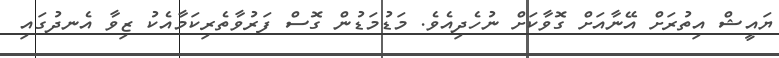
ޔައީޝް އިތުރަށް އޭނާއަށް ގޮވާކަށް ނުހެދިއެވެ. މަޑުމަޑުން ގޮސް ފަރުވާތެރިކަމާއެކު ޒިވާ އެނދުގައި